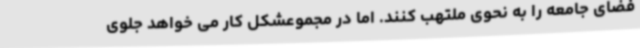
فضای جامعه را به نحوی ملتهب کنند. اما در مجموعشکل کار می خواهد جلوی